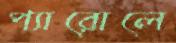
প্যারোলে